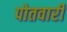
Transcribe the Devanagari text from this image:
पोतवारी